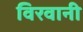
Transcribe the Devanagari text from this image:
विरवानी